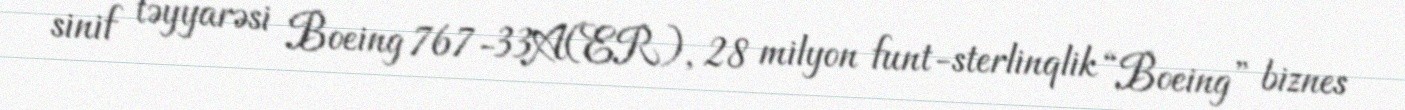
sinif təyyarəsi Boeing 767-33A(ER), 28 milyon funt-sterlinqlik “Boeing” biznes